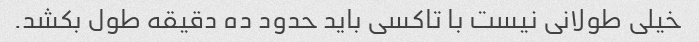
خیلی طولانی نیست با تاکسی باید حدود ده دقیقه طول بکشد.